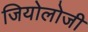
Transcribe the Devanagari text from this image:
जियोलोजी